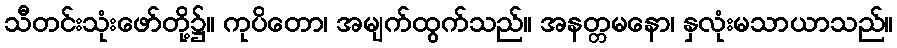
သီတင်းသုံးဖော်တို့၌။ ကုပိတော၊ အမျက်ထွက်သည်။ အနတ္တမနော၊ နှလုံးမသာယာသည်။